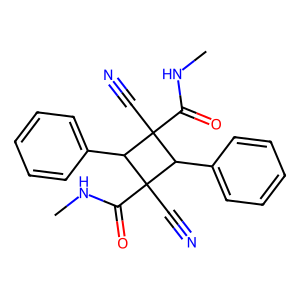
SMILES: CNC(=O)C1(C#N)C(c2ccccc2)C(C#N)(C(=O)NC)C1c1ccccc1
Inhibits HIV replication: No